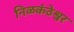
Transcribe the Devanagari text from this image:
निळकंठेश्वर